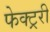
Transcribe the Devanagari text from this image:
फेक्ट्ररी